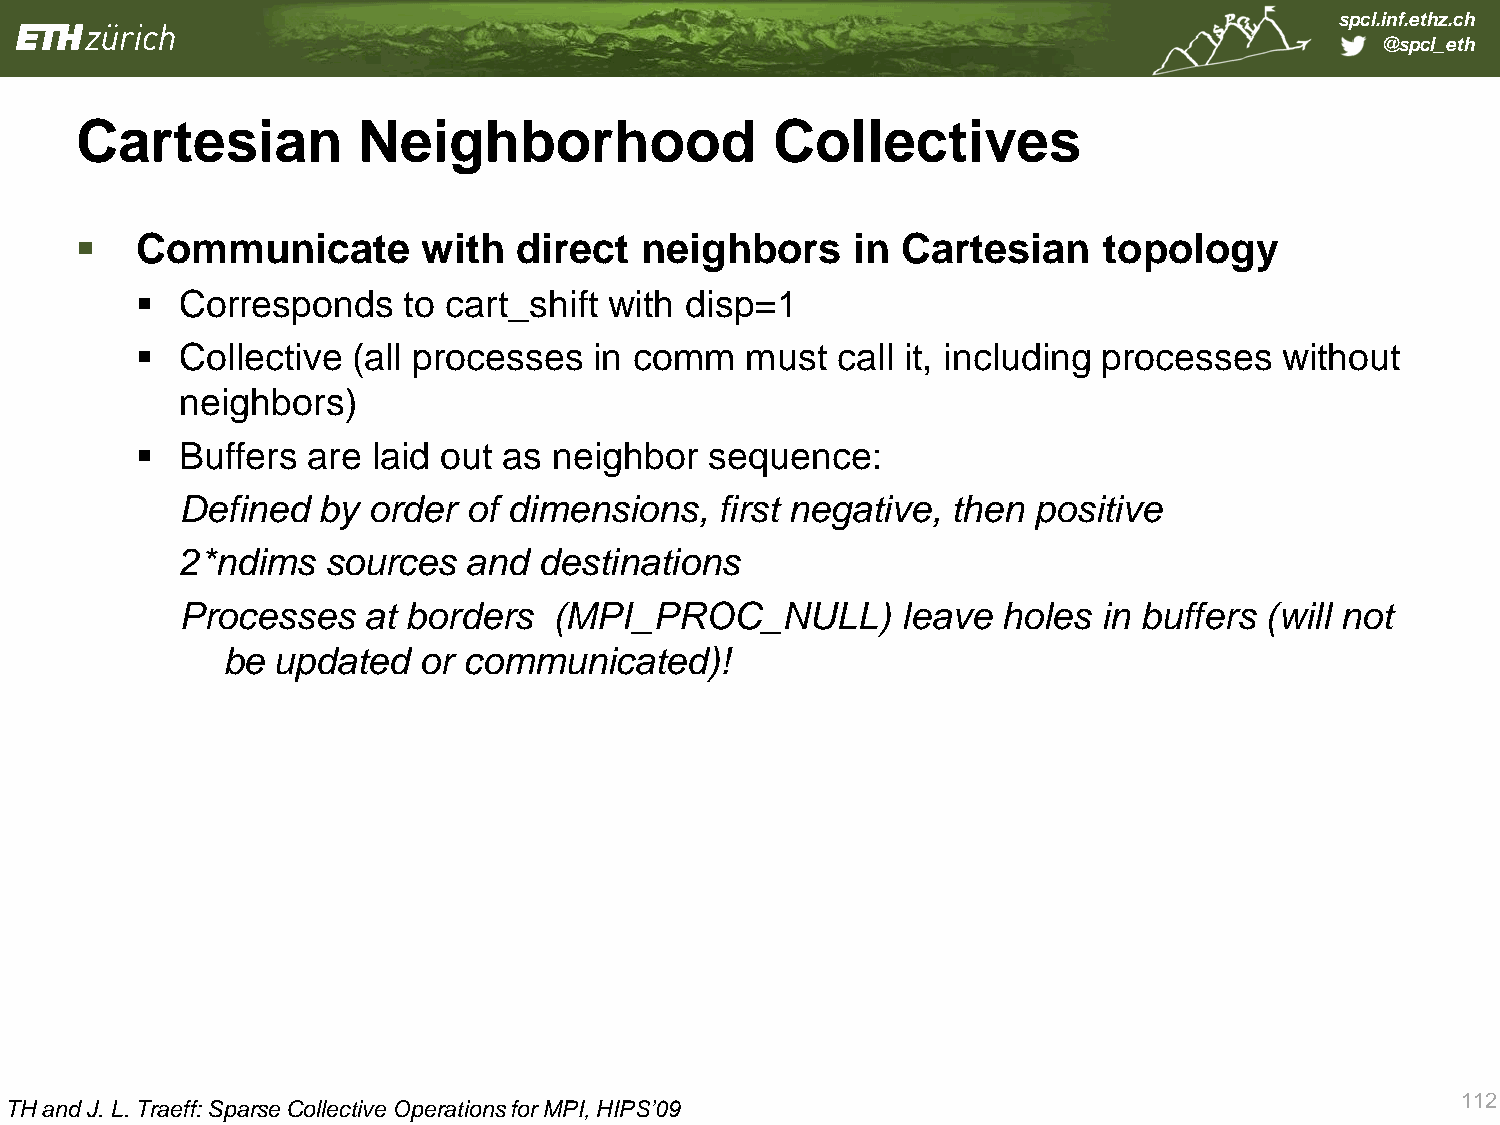
spcl.inf.ethz.ch
 @spcl_eth
 Cartesian          Neighborhood               Collectives
    Communicate        with  direct  neighbors      in Cartesian    topology
   Corresponds    to cart_shift with disp=1
   Collective (all processes  in comm   must  call it, including processes  without
 neighbors)
   Buffers are  laid out as neighbor  sequence:
 Defined  by order  of dimensions,   first negative, then positive
 2*ndims   sources  and  destinations
 Processes   at borders   (MPI_PROC_NULL)        leave holes  in buffers (will not
 be updated   or communicated)!
 112
 TH and J. L. Traeff: Sparse Collective Operations for MPI, HIPS’09